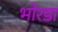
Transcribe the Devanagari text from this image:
भोरडा